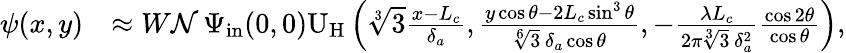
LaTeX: \begin{array}{rl}{\psi(x,y)}&{\approx W\mathcal{N}\, \Psi_{\mathrm{in}}(0,0)\mathrm{U}_{\mathrm{H}}\left(\sqrt[3]{3}\frac{x-L_{c}}{\delta_{a}},\frac{y\cos\theta-2L_{c}\sin^{3}\theta}{\sqrt[6]{3}\, \delta_{a}\cos\theta},-\frac{\lambda L_{c}}{2\pi\sqrt[3]{3}\, \delta_{a}^{2}}\frac{\cos 2\theta}{\cos\theta}\right),}\end{array}